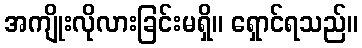
အကျိုးလိုလားခြင်းမရှိ။ ရှောင်ရသည်။